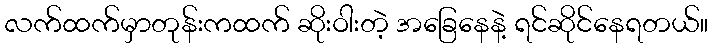
လက်ထက်မှာတုန်းကထက် ဆိုးဝါးတဲ့ အခြေနေနဲ့ ရင်ဆိုင်နေရတယ်။